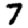
Digit: 7